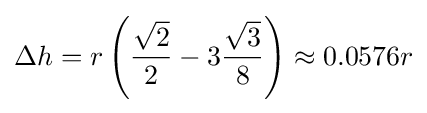
\Delta h=r\left({\frac {\sqrt {2}}{2}}-{3}{\frac {\sqrt {3}}{8}}\right)\approx 0.0576r